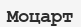
Моцарт